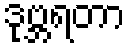
ဒုဗ္ဘရတာ